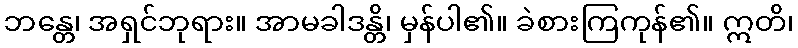
ဘန္တေ၊ အရှင်ဘုရား။ အာမခါဒန္တိ၊ မှန်ပါ၏။ ခဲစားကြကုန်၏။ ဣတိ၊